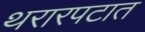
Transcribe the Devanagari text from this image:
थरारपटात